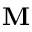
{ \bf M }